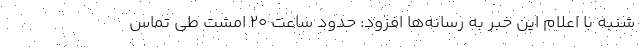
شنبه با اعلام این خبر به رسانه‌ها افزود: حدود ساعت ۲۰ امشت طی تماس